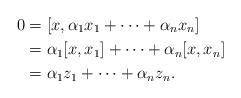
LaTeX: \begin{align*}0&=[x, \alpha_1 x_1+\dots + \alpha_{n}x_{n}] \cr&=\alpha_1[x,x_1]+\dots +\alpha_{n}[x, x_{n}] \cr&=\alpha_1 z_1+\dots + \alpha_{n} z_{n}.\end{align*}